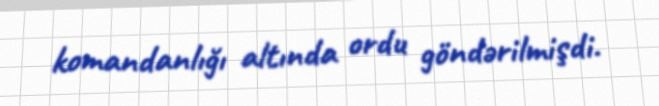
komandanlığı altında ordu göndərilmişdi.